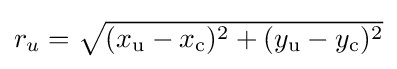
{\textstyle r_{u}={\sqrt {(x_{\mathrm {u} }-x_{\mathrm {c} })^{2}+(y_{\mathrm {u} }-y_{\mathrm {c} })^{2}}}}